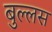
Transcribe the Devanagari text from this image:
बुल्लस